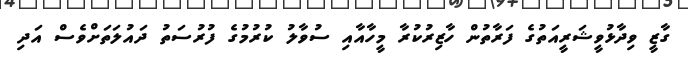
ގާޒީ ވިދާޅުވީޝަރީއަތުގެ ފަރާތުން ހާޒިރުކުރާ މީހާއާއި ސުވާލު ކުރުމުގެ ފުރުސަތު ދައުލަތަށްވެސް އަދި